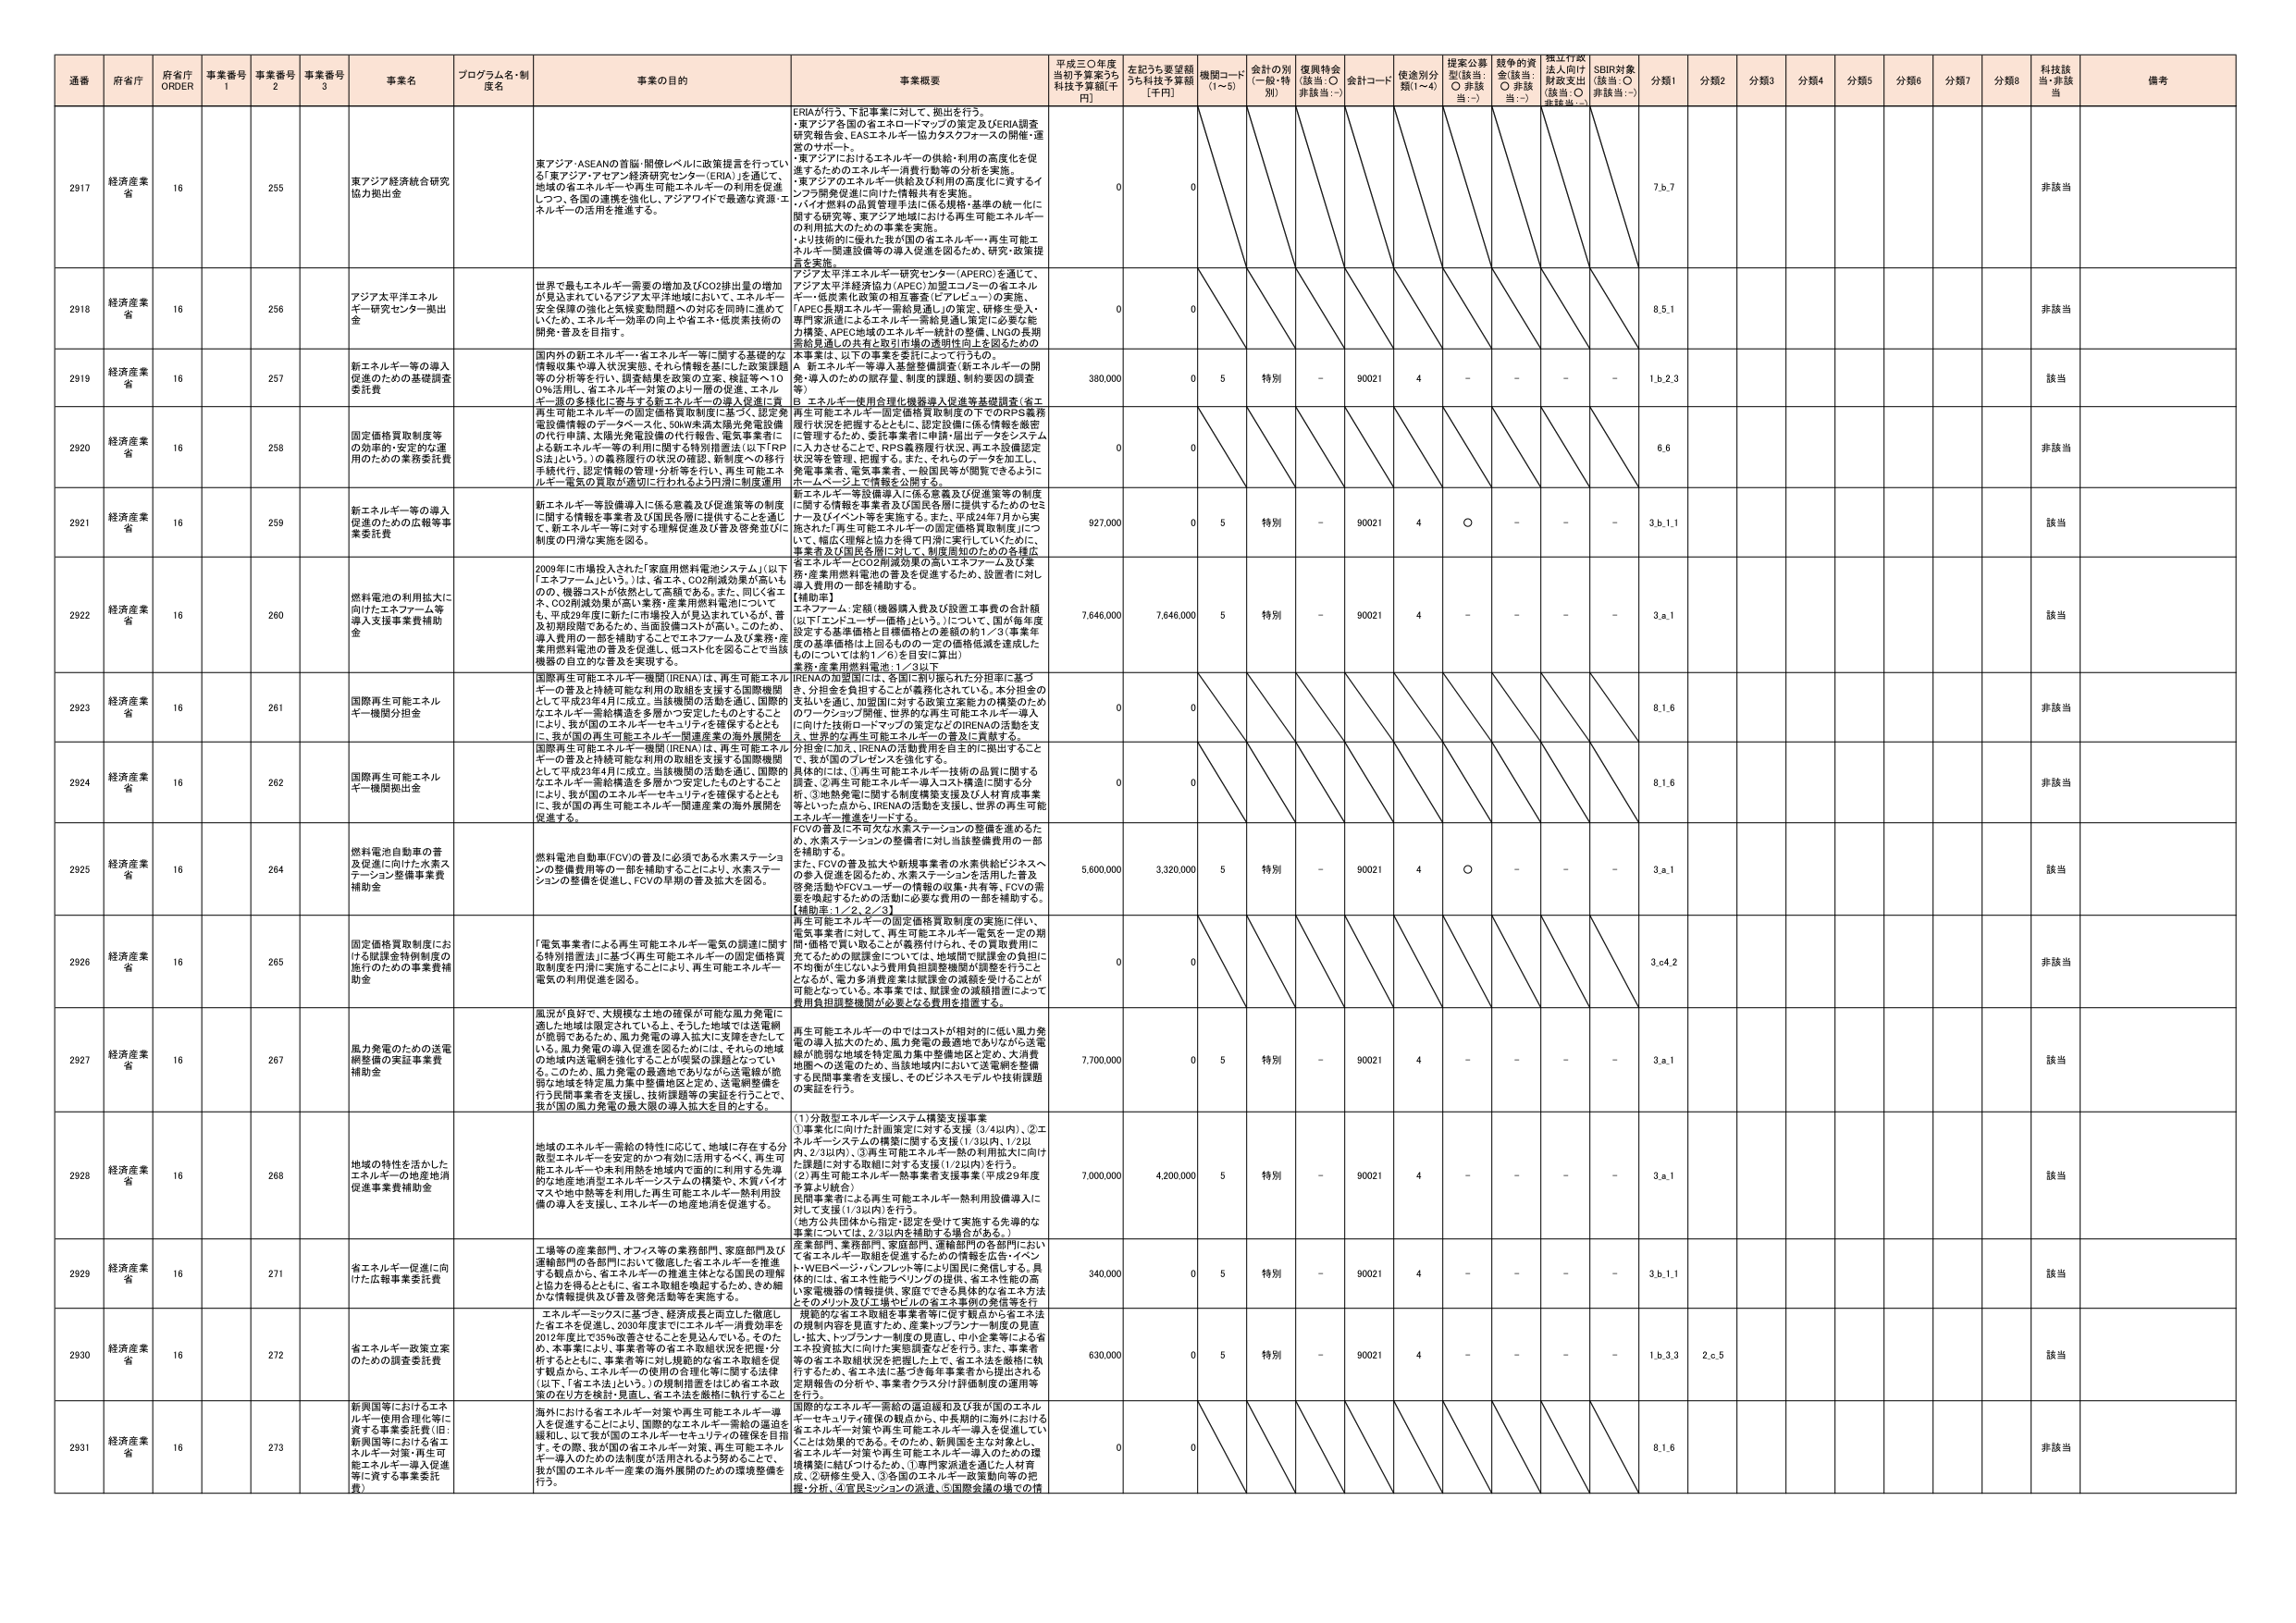
通番 府省庁 府省庁 ORDER 事業番号 1 事業番号 2 事業番号 3 事業名 プログラム名・制度名 事業の目的 事業概要 平成三〇年度当初予算案うち科技予算額[千円] 左記うち要望額うち科技予算額[千円] 機関コード(1～5) 会計の別(一般・特別) 復興特会(該当:○ 非該当:－) 会計コード 使途別分類(1～4) 提案公募型(該当:○ 非該当:－) 競争的資金(該当:○ 非該当:－) 採択行政法入向け財政支出(該当:○ 非該当:－) SDBI対象(該当:○ 非該当:－) 分類1 分類2 分類3 分類4 分類5 分類6 分類7 分類8 科技該当・非該当 備考

2917 経済産業省 16 255 東アジア経済統合研究協力拠出金 東アジア・ASEANの首脳・閣僚レベルに政策提言を行っている「東アジア・アセアン経済研究センター（ERIA）を通じて、地域の省エネルギー・再生可能エネルギーの利用を促進しつつ、各国の連携を強化し、アジア内で最適な資源・エネルギーの活用を推進する。 ERIAが行う、下記事業に対して、拠出を行う。・東アジア各国の省エネロードマップの策定及びERIA調査研究報告会、EASエネルギー協力タスクフォースの開催・運営のサポート。・東アジアにおけるエネルギーの供給・利用の高度化を促進するためのエネルギー消費行動等の分析を実施。・東アジアのエネルギー供給及び利用の高度化に資するインフラ開発促進に向けた情報共有を実施。・バイオ燃料の品質管理手法に係る規格・基準の統一化に関する研究等、東アジア地域における再生可能エネルギーの利用拡大のための事業を実施。・より技術的に優れた我が国の省エネルギー・再生可能エネルギー関連設備等の導入促進を図るため、研究・政策提言を実施。 0 0 7.b.7 非該当

2918 経済産業省 16 256 アジア太平洋エネルギー研究センター拠出金 世界で最もエネルギー需要の増加及びCO2排出量の増加が見込まれているアジア太平洋地域において、エネルギー安全保障の強化と気候変動問題への対応を同時に進めていくため、エネルギー分野の国上や省エネ・低炭素技術の開発・普及を目指す。 アジア太平洋エネルギー研究センター（APERC）を通じて、アジア太平洋経済協力（APEC）加盟エコノミーの省エネルギー・低炭素化政策の相互審査（ヒアリビュー）の実施、APEC長期エネルギー需給見通しの策定、研修生受入・専門家派遣によるエネルギー需給見通し策定に必要な能力構築、APEC地域のエネルギー統計の整備、LNGの長期需給見通しの共有と取引市場の透明性向上を図るための 0 0 8.5.1 非該当

2919 経済産業省 16 257 新エネルギー等の導入促進のための基礎調査委託費 国内外の新エネルギー・省エネルギー等に関する基礎的な情報収集や導入状況実態、それら情報を基にした政策課題等の分析等を行い、調査結果を政策の立案、検証等へ100％活用し、省エネルギー対策のより一層の促進、エネルギー源の多様化に寄与する新エネルギーの導入促進に貢献。 本事業は、以下の事業を委託によって行う。A. 新エネルギー等導入推進整備調査（新エネルギーの開発・導入のための賦予量、制度的課題、制約要因の調査等）B. エネルギー使用合理化機器導入促進等基礎調査（省エネ 380,000 0 5 特別 - 90021 4 - - - - 1.b.2.3 該当

2920 経済産業省 16 258 固定価格買取制度等の効率的・安定的な運用のための業務委託費 再生可能エネルギーの固定価格買取制度に基づく、認定発電設備情報のデータベース化、50kW未満太陽光発電設備の代行申請、太陽光発電設備の代行報告、電気事業者による新エネルギー等の利用に関する特別措置法（以下「RPS法」という。）の義務履行の状況の確認、新制度への移行手続代行、認定情報の管理・分析等を行い、再生可能エネルギー電気の買取が適切に行われるよう円滑に制度運用 再生可能エネルギー固定価格買取制度の下でのRPS義務履行状況を把握するとともに、認定設備に係る情報を厳密に管理するため、委託事業者に申請・届出データをシステムに入力させることで、RPS義務履行状況、再生設備認定状況等を管理、把握する。また、それらのデータを加工し、発電事業者、電気事業者、一般国民等が閲覧できるようにホームページ上で情報を公開する。 0 0 6.6 非該当

2921 経済産業省 16 259 新エネルギー等の導入促進のための広報等事業委託費 新エネルギー等設備導入に係る意識及び促進策等の制度に関する情報を事業者及び国民各層に提供することを通じて、新エネルギー等に対する理解促進及び普及啓発並びに制度の円滑な実施を図る。 新エネルギー等設備導入に係る意識及び促進策等の制度に関する情報を事業者及び国民各層に提供するためのセミナー及びイベント等を実施する。また、平成24年7月から実施された「再生可能エネルギーの固定価格買取制度」について、幅広く理解と協力を得て円滑に実行していいために、事業者及び国民各層に対して、制度周知のための各種広報 927,000 0 5 特別 - 90021 4 ○ - - - 3.b.1.1 該当

2922 経済産業省 16 260 燃料電池の利用拡大に向けたエキスパート等導入支援事業費補助金 2009年に市場投入された「家庭用燃料電池システム」（以下「エネファーム」という。）は、省エネ、CO2削減効果が高いものの、機器コストが依然として高額である。また、同じく省エネ、CO2削減効果が高い「業務・産業用燃料電池」についても、平成29年度に新たに市場投入が見込まれているが、普及初期段階であるため、当面設備コストが高い。このため、導入費用の一部を補助することでエネファーム及び業務・産業用燃料電池の普及を促進し、低コストを図ることで当該機器の自立的な普及を実現する。 省エネルギー・CO2削減効果の高いエネファーム及び業務・産業用燃料電池の普及を促進するため、設置者に対し導入費用の一部を補助する。【補助率】エネファーム：定額（機器購入費及び設置工事費の合計額以下「エントリー価格」という。）について、国が毎年度設定する基準価格と目標価格との差額の約1／2（事業年度の基準価格は上図のもの。一定の価格低減を達成したものは、については約1／6）を目安に算出）業務・産業用燃料電池：1／3以下 7,646,000 7,646,000 5 特別 - 90021 4 - - - - 3.a.1 該当

2923 経済産業省 16 261 国際再生可能エネルギー機関分担金 国際再生可能エネルギー機関（IRENA）は、再生可能エネルギーの普及と持続可能な利用の取組を支援する国際機関として平成23年4月に成立。当該機関の活動を通じ、国際的なエネルギー需給構造を多層かつ安定したものとすることにより、我が国のエネルギー・セキュリティを確保するとともに、我が国の再生可能エネルギー関連産業の海外展開を 国際再生可能エネルギー機関（IRENA）は、各国に割り振られた分担率に基づき、分担金を負担することが義務化されている。本分担金の支払いを通じ、加盟国に対する政策立案能力の構築のためのワークショップ開催、世界の再生可能エネルギー導入に向けた技術ロードマップの策定などのIRENAの活動を支援し、我が国の再生可能エネルギーの普及に貢献する。 0 0 8.1.6 非該当

2924 経済産業省 16 262 国際再生可能エネルギー機関拠出金 国際再生可能エネルギー機関（IRENA）は、再生可能エネルギーの普及と持続可能な利用の取組を支援する国際機関として平成23年4月に成立。当該機関の活動を通じ、国際的なエネルギー需給構造を多層かつ安定したものとすることにより、我が国のエネルギー・セキュリティを確保するとともに、我が国の再生可能エネルギー関連産業の海外展開を促進する。 分担金に加え、IRENAの活動費用を自主的に拠出することで、我が国のプレゼンスを強化する。具体的には、①再生可能エネルギー技術の品質に関する調査、②再生可能エネルギー導入コスト構造に関する分析、③地域発電に関する制度策定支援及び人材育成事業等といった点から、IRENAの活動を支援し、世界の再生可能エネルギー推進をリードする。 0 0 8.1.6 非該当

2925 経済産業省 16 264 燃料電池自動車の普及促進に向けた水素ステーション整備事業費補助金 燃料電池自動車（FCV）の普及に必須である水素ステーションの整備費用等の一部を補助することにより、水素ステーションの整備を促進し、FCVの早期の普及拡大を図る。 FCVの普及に不可欠な水素ステーションの整備を進めるとともに、水素ステーションの整備者に対し当該整備費用の一部を補助する。また、FCVの普及拡大や新規事業者の水素供給ビジネスへの参入促進を図るため、水素ステーションを活用した普及啓発活動やFCVユーザーの情報の収集・共有等、FCVの需要を喚起するための活動に必要な費用の一部を補助する。【補助率：1／2、2／3】 5,600,000 3,320,000 5 特別 - 90021 4 ○ - - - 3.a.1 該当

2926 経済産業省 16 265 固定価格買取制度における賦課金特例制度の施行のための事業費補助金 「電気事業者による再生可能エネルギー電気の調達に関する特別措置法」に基づく再生可能エネルギーの固定価格買取制度を円滑に実施することにより、再生可能エネルギー電気の利用促進を図る。 再生可能エネルギーの固定価格買取制度の実施に伴い、電気事業者に対して、再生可能エネルギー電気を一定の期間・価格で買い取ることが義務付けられ、その買取費用は、売電するための賦課金については、地域間で賦課金の負担に不均衡が生じないよう費用負担調整機関が調整を行うこととなるが、電力多消費産業は賦課金の減額を受けることが可能となっている。本事業では、賦課金の減額措置によって費用負担調整機関が必要となる費用を措置する。 0 0 3.c.4.2 非該当

2927 経済産業省 16 267 風力発電のための送電線整備の実証事業費補助金 風況が良好で、大規模な土地の確保が可能な風力発電に適した地域は限定されている上、そうした地域では送電網が脆弱であるため、風力発電の導入拡大に支障をきたしている。風力発電の導入促進を図るためには、それらの地域の地域内送電網を強化することが喫緊の課題となってい る。このため、風力発電の最適地でありながら送電線が脆弱な地域を特定風力集中整備地区と定め、送電網整備を行う民間事業者を支援し、技術課題等の実証を行うことで、我が国の風力発電の最大限の導入拡大を目的とする。 再生可能エネルギーの中ではコストが相対的に低い風力発電の導入拡大のため、風力発電の最適地でありながら送電線が脆弱な地域を特定風力集中整備地区と定め、大消費地圏への送電のため、当該地域内において送電網を整備する民間事業者を支援し、そのビジネスモデルや技術課題の実証を行う。 7,700,000 0 5 特別 - 90021 4 - - - - 3.a.1 該当

2928 経済産業省 16 268 地域の特性を活かしたエネルギーの地産地消促進事業費補助金 地域のエネルギー需給の特性に応じて、地域に存在する分散型エネルギーを安定的かつ有効に活用するべく、再生可能エネルギーや未利用熱を地域内で適切に利用する先導的な地産地消型エネルギーシステムの構築や、木質バイオマスや地中熱等を活用した再生可能エネルギー熱利用設備の導入を支援し、エネルギーの地産地消を促進する。 (1)分散型エネルギーシステム構築支援事業①事業化に向けた計画策定に対する支援（3/4以内）、②エネルギー システムの構築に関する支援（1/3以内、1/2以内、2/3以内）、③再生可能エネルギー熱の利用拡大に向けた課題に対する取組に対する支援（1/2以内）を行う。(2)再生可能エネルギー熱事業者支援事業（平成29年度予算より統合）民間事業者による再生可能エネルギー熱利用設備導入に対して支援（1/3以内）を行う。（地方公共団体から指定・認定を受けて実施する先導的な事業については、2/3以内を補助する場合がある。） 7,000,000 4,200,000 5 特別 - 90021 4 - - - - 3.a.1 該当

2929 経済産業省 16 271 省エネルギー促進に向けた広報事業委託費 工場等の産業部門、オフィス等の業務部門、家庭部門及び運輸部門の各部門において徹底した省エネルギーを推進する観点から、省エネルギーの推進主体となる国民の理解と協力を得るとともに、省エネ取組を検証するため、その確かなる情報提供及び普及啓発活動等を実施する。 産業部門、業務部門、家庭部門、運輸部門の各部門において省エネルギー取組を促進するための情報を広告・イベント・WEBページ・パンフレット等により周知・発信する。具体的には、省エネ性能ラベリングの提供、省エネ性能の高い家電機器の情報提供、家庭でできる具体的な省エネ方法とそのメリット及び工場やビルの省エネ事例の発信等を行う。 340,000 0 5 特別 - 90021 4 - - - - 3.b.1.1 該当

2930 経済産業省 16 272 省エネルギー政策立案のための調査委託費 エネルギーマップに基づき、経済成長と両立した徹底した省エネを促進し、2030年度までにエネルギー消費効率を2012年度比で35％改善させることを見込んでいる。そのため、本事業により、事業者等の省エネ取組状況を把握・分析するとともに、事業者等に対し規範的な省エネ取組を促す観点から、エネルギーの使用の合理化等に関する法律（以下、「省エネ法」という。）の規制措置をはじめ省エネ政策の在り方を検討・見直し、省エネ法を厳格に執行すること 規範的な省エネ取組を事業者等に促す観点から省エネ法の規制内容を見直すため、産業トップランナー制度の見直し、拡大、トップランナー制度の見直し、中小企業等による省エネ投資拡大に向けた実態調査などを行う。また、事業者等の省エネ取組状況を把握した上で、省エネ法を厳格に執行するため、省エネ法に基づく届出等事業者から提出される定期報告の分析や、事業者クラス分け評価制度の運用等を行う。 630,000 0 5 特別 - 90021 4 - - - - 1.b.3.3 2.c.5 該当

2931 経済産業省 16 273 新興国等におけるエネルギー使用合理化等に関する事業委託費（旧：新興国等における省エネルギー対策・再生可能エネルギー導入促進等に資する事業委託費） 海外における省エネルギー対策や再生可能エネルギー導入を促進することにより、国際的なエネルギー需給の逼迫を緩和し、はく我が国のエネルギー・セキュリティの確保を目指す。その際、我が国の省エネルギー対策、再生可能エネルギー導入のための制度が活用されるよう援助することで、我が国のエネルギー産業の海外展開のための環境整備を行う。 国際的なエネルギー需給の逼迫緩和及び我が国のエネルギー・セキュリティ確保の観点から、中長期的に海外における省エネルギー対策や再生可能エネルギー導入を促進していくことは効果的である。そのため、新興国を主な対象として、省エネルギー対策や再生可能エネルギー導入のための環境構築に結びつけるため、①専門家派遣を通じた人材育成、②研修生受入、③各国のエネルギー政策動向等の把握・分析、④官民ミッションの派遣、⑤国際会議の場での情 0 0 8.1.6 非該当